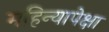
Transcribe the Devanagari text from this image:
महिन्यापेक्षा